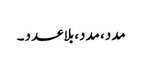
مدد، مدد، بلاعدد۔